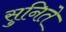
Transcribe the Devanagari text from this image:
सुनिते